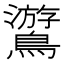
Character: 𪆎